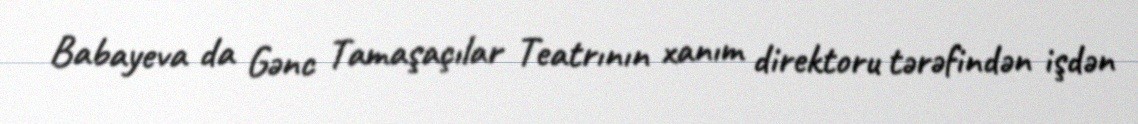
Babayeva da Gənc Tamaşaçılar Teatrının xanım direktoru tərəfindən işdən